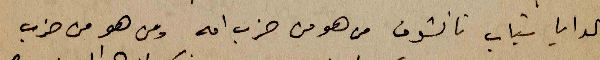
تعالوا يا شباب تانشوف من هو من حزب امه ومن هو من حزب